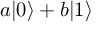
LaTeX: a | 0 \rangle + b | 1 \rangle